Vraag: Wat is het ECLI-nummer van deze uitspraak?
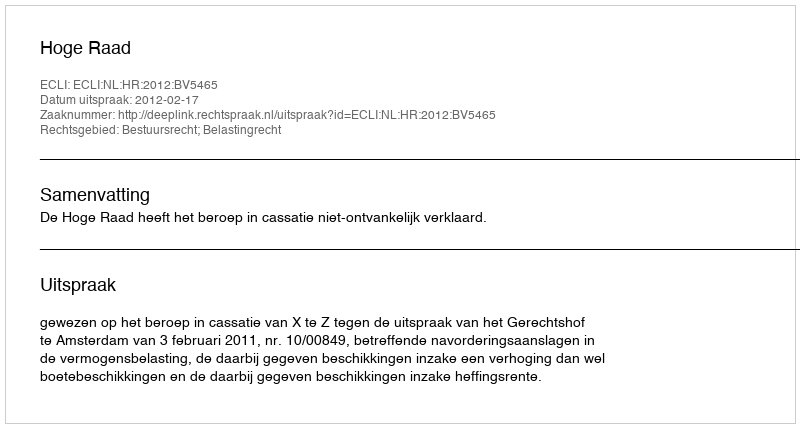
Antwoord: ECLI:NL:HR:2012:BV5465